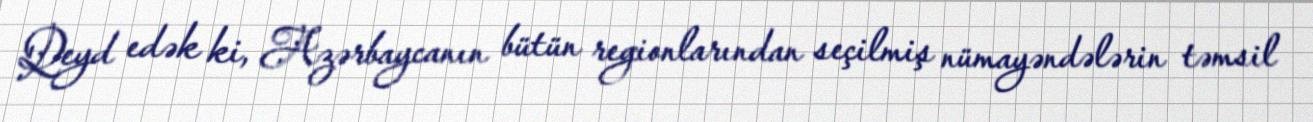
Qeyd edək ki, Azərbaycanın bütün regionlarından seçilmiş nümayəndələrin təmsil